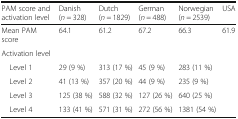
<table><thead><tr><td><b>PAM score and activation level</b></td><td><b>Danish (<i>n</i> = 328)</b></td><td><b>Dutch (<i>n</i> = 1829)</b></td><td><b>German (<i>n</i> = 488)</b></td><td><b>Norwegian (<i>n</i> = 2539)</b></td><td><b>USA</b></td></tr></thead><tbody><tr><td>Mean PAM score</td><td>64.1</td><td>61.2</td><td>67.2</td><td>66.3</td><td>61.9</td></tr><tr><td colspan="6">Activation level</td></tr><tr><td> Level 1</td><td>29 (9 %)</td><td>313 (17 %)</td><td>45 (9 %)</td><td>283 (11 %)</td><td></td></tr><tr><td> Level 2</td><td>41 (13 %)</td><td>357 (20 %)</td><td>44 (9 %)</td><td>235 (9 %)</td><td></td></tr><tr><td> Level 3</td><td>125 (38 %)</td><td>588 (32 %)</td><td>127 (26 %)</td><td>640 (25 %)</td><td></td></tr><tr><td> Level 4</td><td>133 (41 %)</td><td>571 (31 %)</td><td>272 (56 %)</td><td>1381 (54 %)</td><td></td></tr></tbody></table>